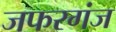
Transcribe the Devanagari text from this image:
जफरगंज